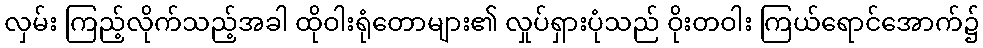
လှမ်း ကြည့်လိုက်သည့်အခါ ထိုဝါးရုံတောများ၏ လှုပ်ရှားပုံသည် ဝိုးတဝါး ကြယ်ရောင်အောက်၌